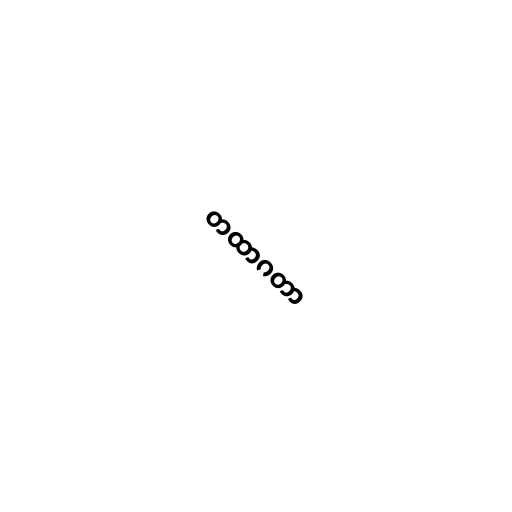
တထာဂတာ